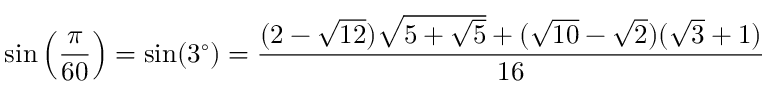
\sin \left( { \frac { \pi } { 6 0 } } \right) = \sin ( 3 ^ { \circ } ) = { \frac { ( 2 - { \sqrt { 1 2 } } ) { \sqrt { 5 + { \sqrt { 5 } } } } + ( { \sqrt { 1 0 } } - { \sqrt { 2 } } ) ( { \sqrt { 3 } } + 1 ) } { 1 6 } }